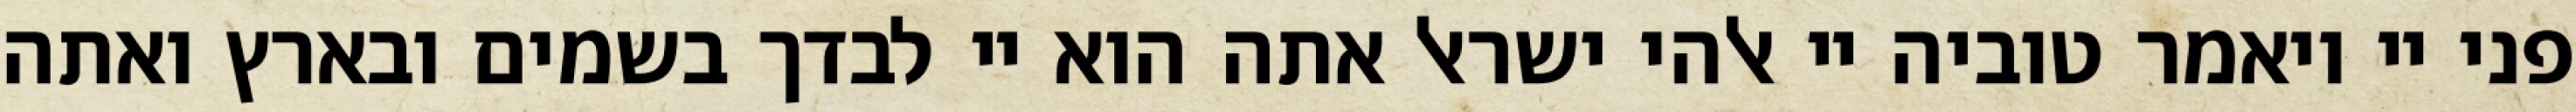
פני יי ויאמר טוביה יי אלהי ישראל אתה הוא יי לבדך בשמים ובארץ ואתה